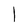
Character: l